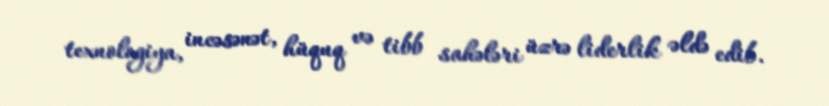
texnologiya, incəsənət, hüquq və tibb sahələri üzrə liderlik əldə edib.